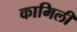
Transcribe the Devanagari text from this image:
कामिली